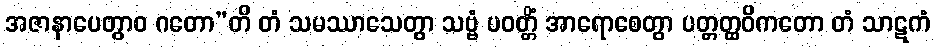
အဇာနာပေတွာဝ ဂတော”တိ တံ သမဿာသေတွာ သဗ္ဗံ ပဝတ္တိံ အာရောစေတွာ ပတ္တတ္ထဝိကတော တံ သာဋကံ